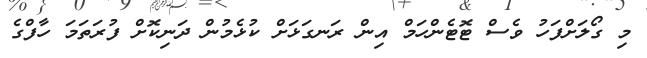
މި ގޯލަށްފަހު ވެސް ޓޮޓެންހަމް އިން ރަނގަޅަށް ކުޅެމުން ދަނިކޮށް ފުރަތަމަ ހާފްގެ